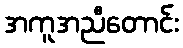
အကူအညီတောင်း